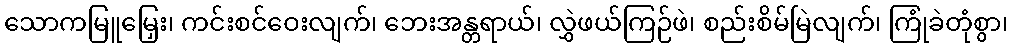
သောကမြူမြှေး၊ ကင်းစင်ဝေးလျက်၊ ဘေးအန္တရာယ်၊ လွှဲဖယ်ကြဉ်ဖဲ၊ စည်းစိမ်မြဲလျက်၊ ကြုံခဲတုံစွာ၊